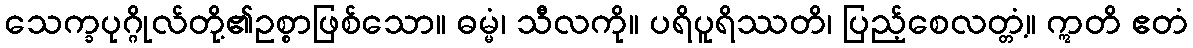
သေက္ခပုဂ္ဂိုလ်တို့၏ဥစ္စာဖြစ်သော။ ဓမ္မံ၊ သီလကို။ ပရိပူရိဿတိ၊ ပြည့်စေလတ္တံ့။ ဣတိ ဧတံ